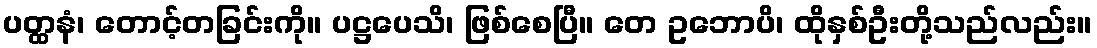
ပတ္ထနံ၊ တောင့်တခြင်းကို။ ပဋ္ဌပေသိ၊ ဖြစ်စေပြီ။ တေ ဥဘောပိ၊ ထိုနှစ်ဦးတို့သည်လည်း။